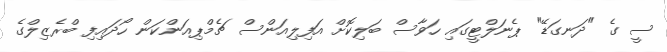
ސީ ގެ "ދަނގަޑޭ" ޕެނަލްޓީގައި ހަވާސް ބަލިކޮށް އަފިލިއަންސް ޗެމްޕިއަންކަން ހޯދައިފި ބްރެޒިލްގެ